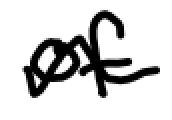
Text: of
Cross-out: wave
Writing tool: digital_black